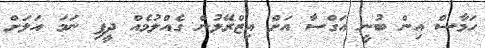
ހަމާސް އިން ބުނީ އަގްސާ އަށް އިޒްރޭލުން ގެއްލުމެއް ދީފި ނަމަ އަލަށް